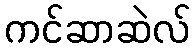
ကင်ဆာဆဲလ်